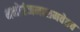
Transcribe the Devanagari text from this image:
मनोरंजनासमवेतच